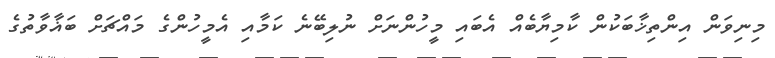
މިނިވަން އިންތިޚާބަކުން ކާމިޔާބެއް އެބައި މީހުންނަށް ނުލިބޭނެ ކަމާއި އެމީހުންގެ މައްޗަށް ބަޣާވާތުގެ